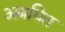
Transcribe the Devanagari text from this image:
अबधित